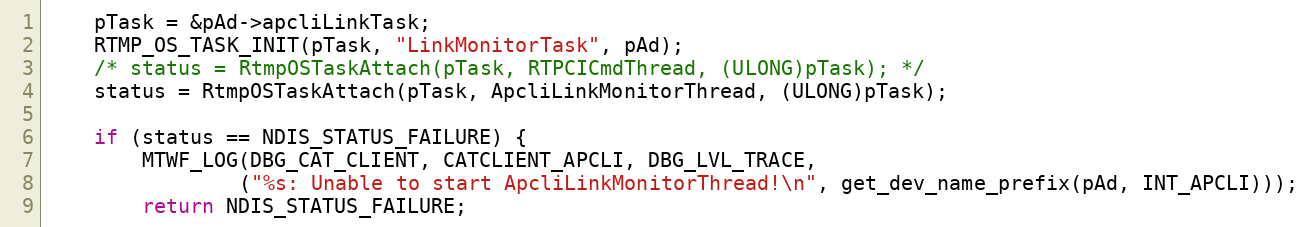
Language: C
	pTask = &pAd->apcliLinkTask;
	RTMP_OS_TASK_INIT(pTask, "LinkMonitorTask", pAd);
	/* status = RtmpOSTaskAttach(pTask, RTPCICmdThread, (ULONG)pTask); */
	status = RtmpOSTaskAttach(pTask, ApcliLinkMonitorThread, (ULONG)pTask);

	if (status == NDIS_STATUS_FAILURE) {
		MTWF_LOG(DBG_CAT_CLIENT, CATCLIENT_APCLI, DBG_LVL_TRACE,
				("%s: Unable to start ApcliLinkMonitorThread!\n", get_dev_name_prefix(pAd, INT_APCLI)));
		return NDIS_STATUS_FAILURE;